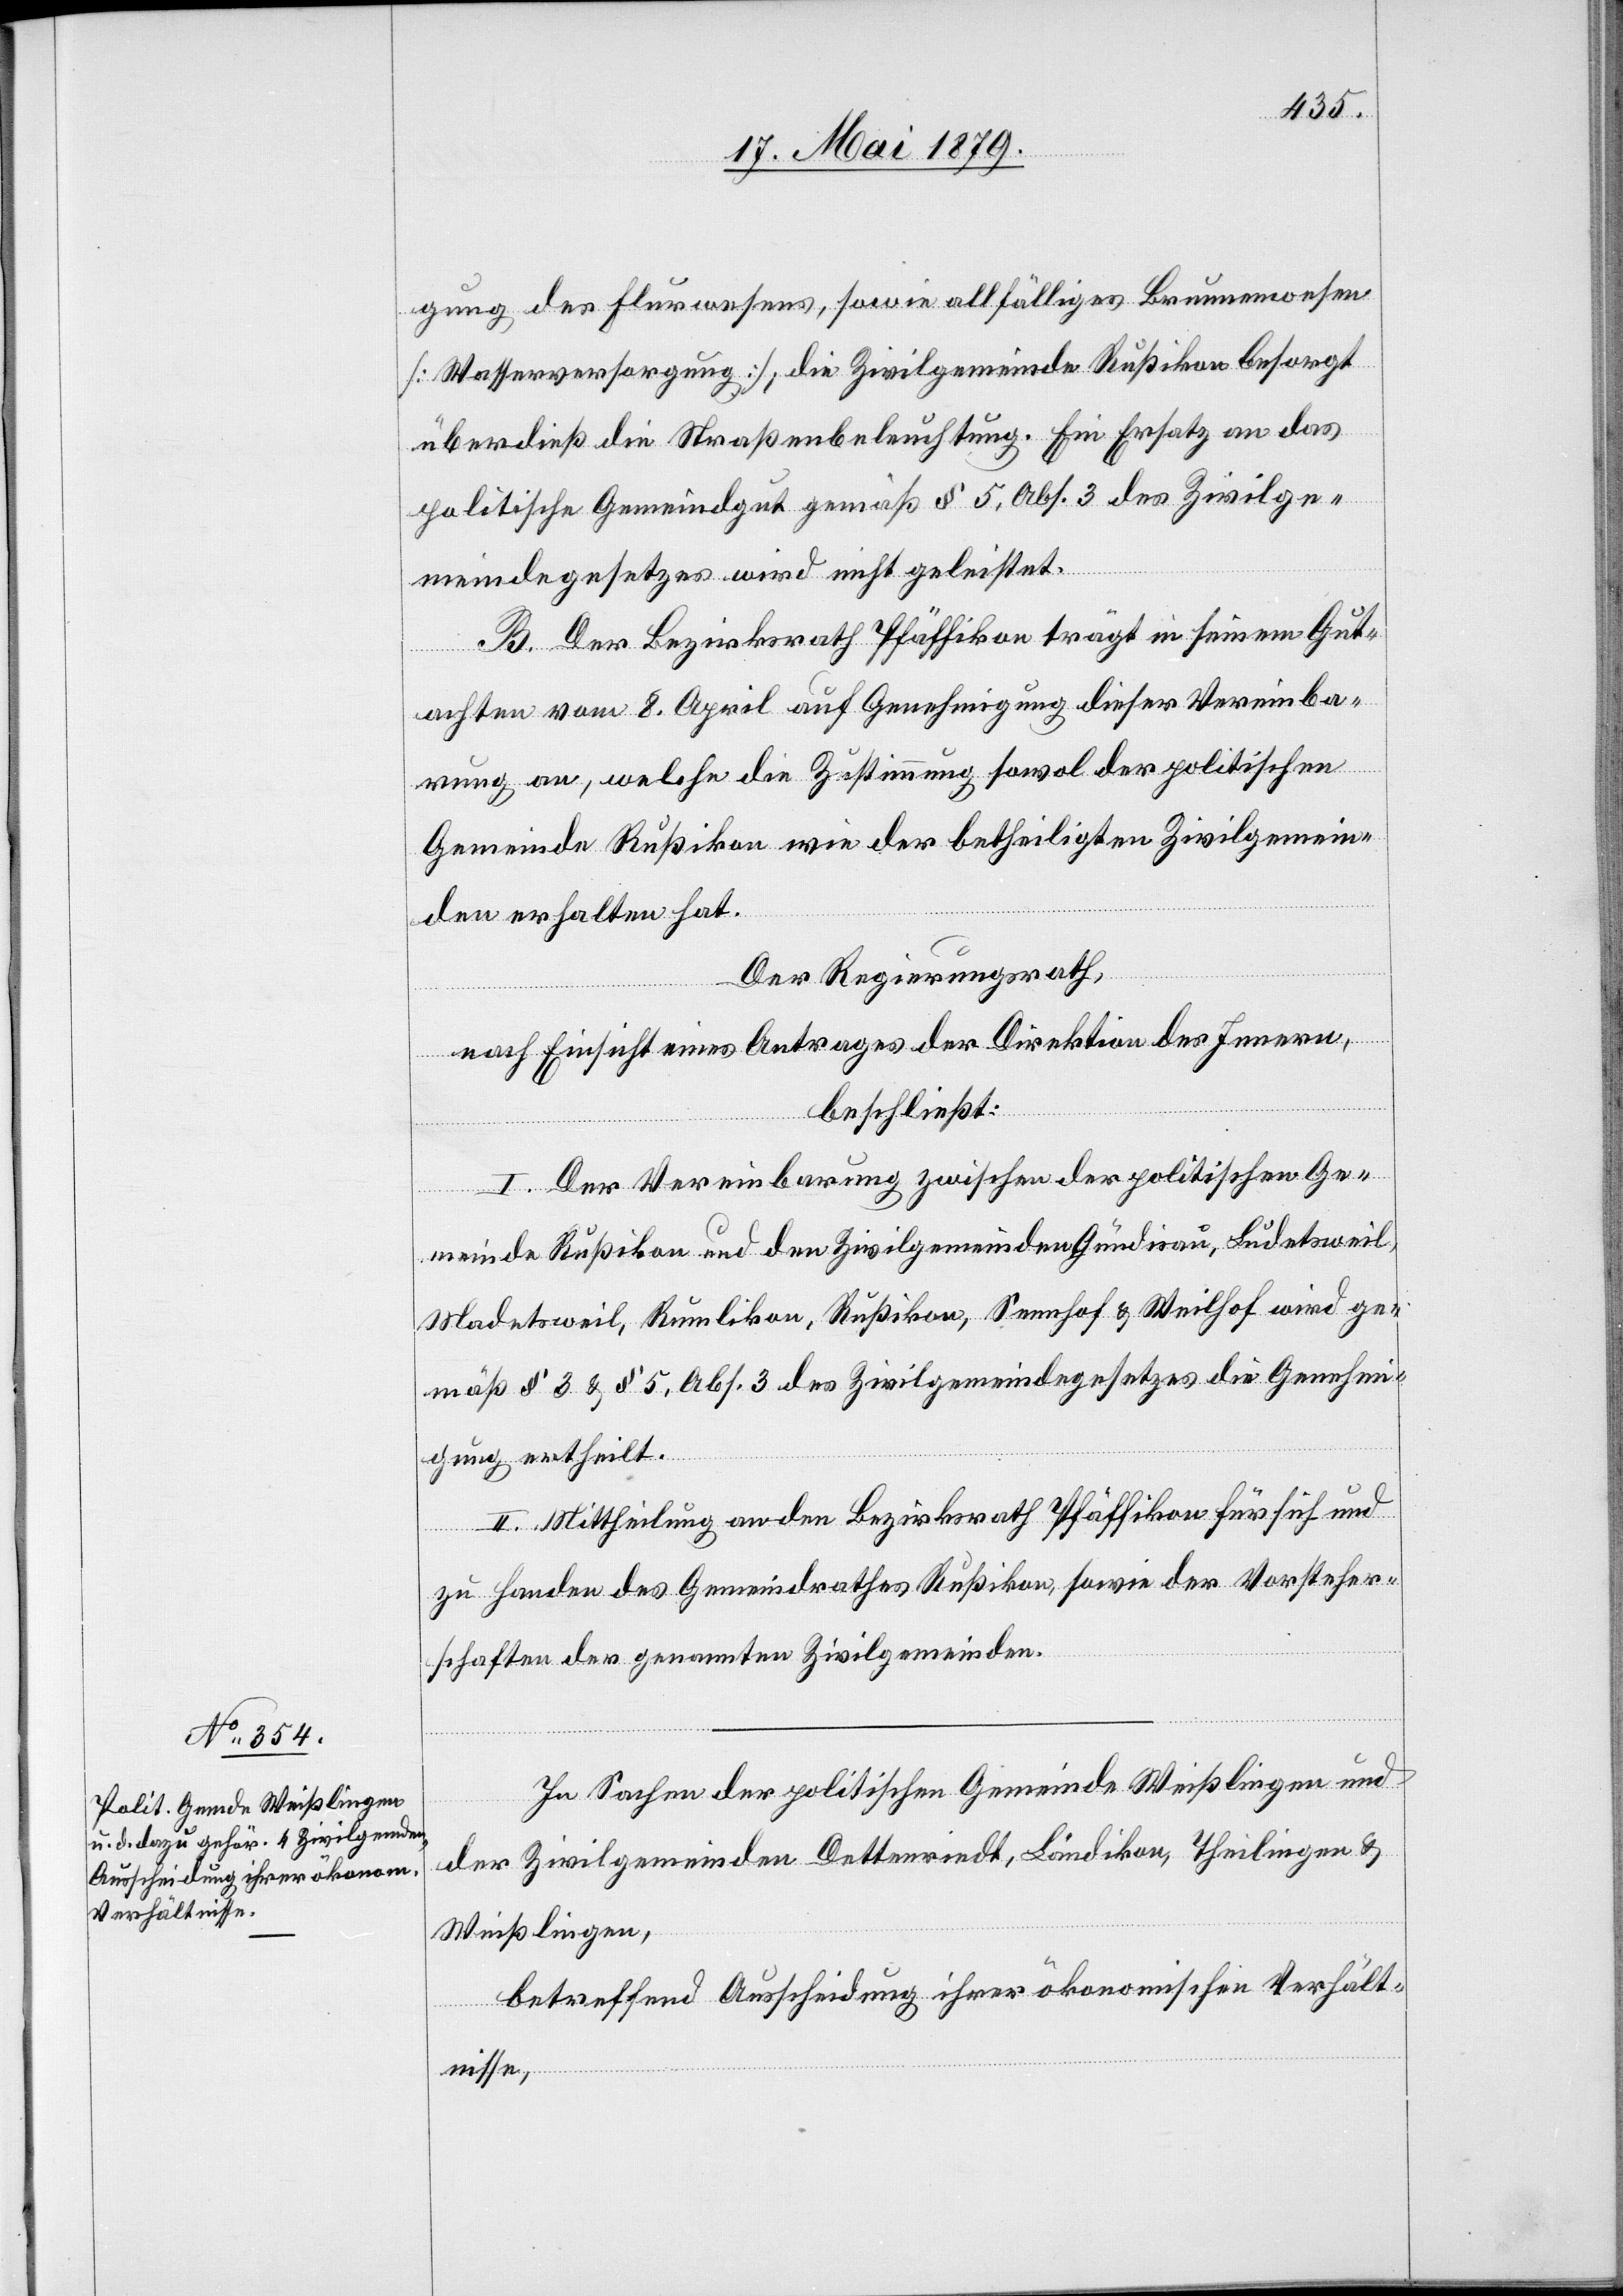
gung des Flurwesens, sowie allfälliges Brunnenwesen
[Wasserversorgung]; die Zivilgemeinde Rußikon besorgt
überdieß die Straßenbeleuchtung. Ein Ersatz an das
politische Gemeindgut gemäß § 5, Abs. 3 des Zivilge¬
meindegesetzes wird nicht geleistet.
B. Der Bezirksrath Pfäffikon trägt in seinem Gut¬
achten vom 8. April auf Genehmigung dieser Vereinba¬
rung an, welche die Zustimmung sowol der politischen
Gemeinde Rußikon wie der betheiligten Zivilgemein¬
den erhalten hat.
Der Regierungsrath,
nach Einsicht eines Antrages der Direktion des Innern,
beschließt:
I. Der Vereinbarung zwischen der politischen Ge¬
meinde Rußikon und den Zivilgemeinden Gündisau, Ludetsweil,
Madetsweil, Rumlikon, Rußikon, Sennhof & Weilhof wird ge¬
mäß § 3 & § 5, Abs. 3 des Zivilgemeindegesetzes die Genehmi¬
gung ertheilt.
II. Mittheilung an den Bezirksrath Pfäffikon für sich und
zu Handen des Gemeindrathes Rußikon, sowie der Vorsteher¬
schaften der genannten Zivilgemeinden.
In Sachen der politischen Gemeinde Weißlingen und
der Zivilgemeinden Dettenriedt, Ländikon, Theilingen &
Weißlingen,
betreffend Ausscheidung ihrer ökonomischen Verhält¬
nisse,